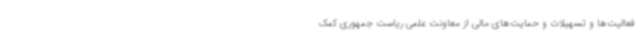
فعالیت‌ها و تسهیلات و حمایت‌های مالی از معاونت علمی ریاست جمهوری کمک